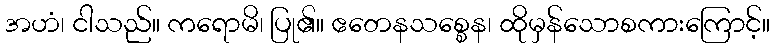
အဟံ၊ ငါသည်။ ကရောမိ၊ ပြု၏။ ဧတေနသစ္စေန၊ ထိုမှန်သောစကားကြောင့်။